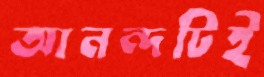
আনন্দটিই